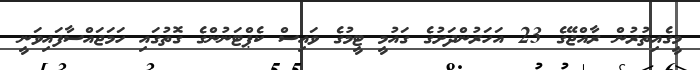
މީގެއިތުރުން ރާއްޖޭގެ 23 އަހަރުންދަށުގެ ގައުމީ ޓީމުގެ ވައިސް ކެޕްޓަނުންގެ ގޮތުގައި ހަމަޖައްސާފައިވަނީ